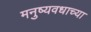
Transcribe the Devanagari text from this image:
मनुष्यवधाच्या